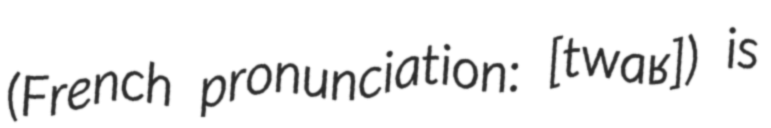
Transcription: (French pronunciation: ​[twaʁ]) is